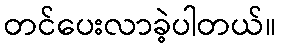
တင်ပေးလာခဲ့ပါတယ်။